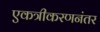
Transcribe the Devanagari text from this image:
एकत्रीकरणनंतर